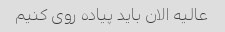
عالیه الان باید پیاده روی کنیم